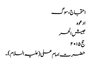
احتجاج، سوگ
ادعوہ
جیش الحر
حج ۲۰۱۵
حضرت امام علی (علیہ السلام)۔